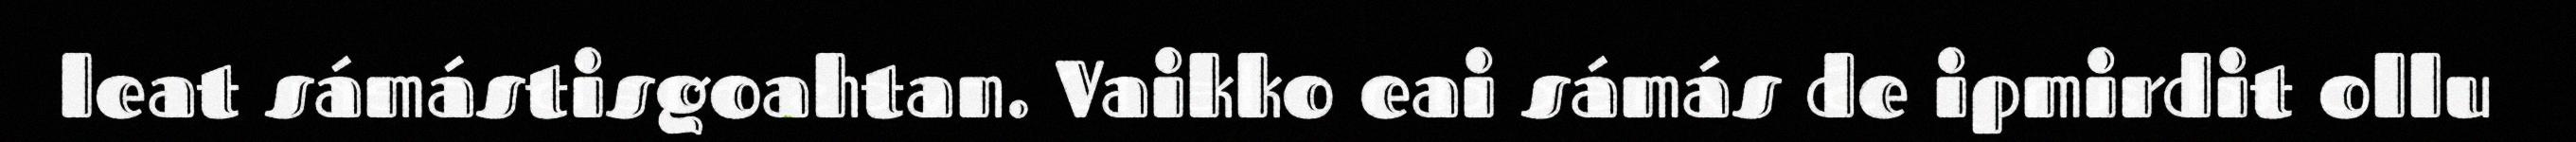
leat sámástisgoahtan. Vaikko eai sámás de ipmirdit ollu